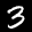
Label: 3